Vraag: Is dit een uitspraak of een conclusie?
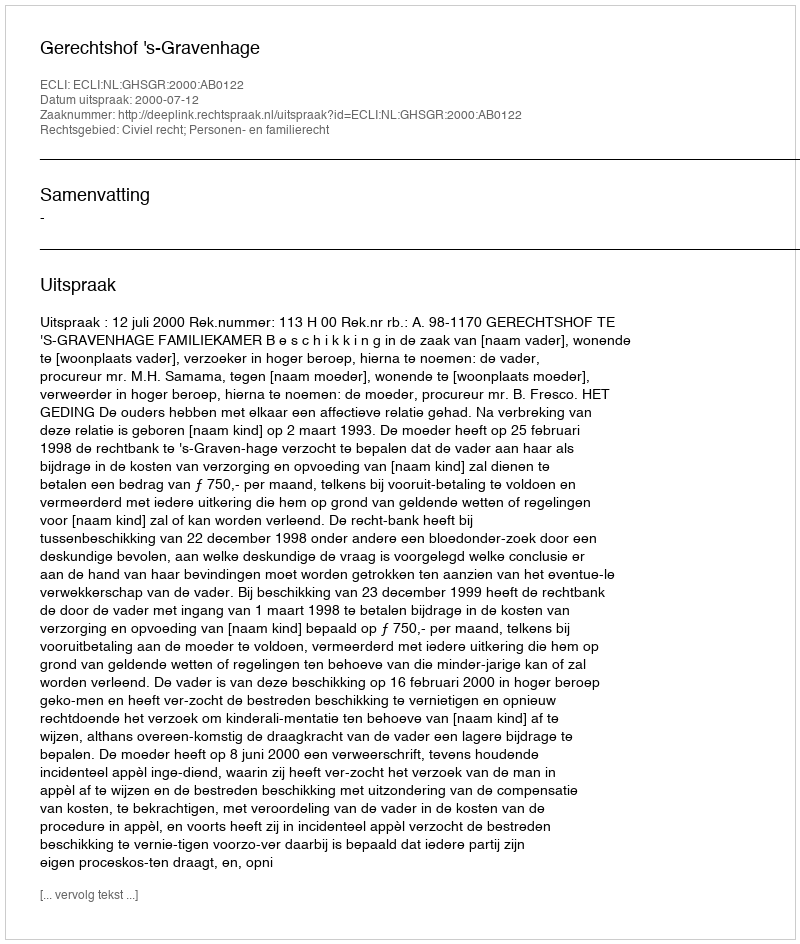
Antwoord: Uitspraak